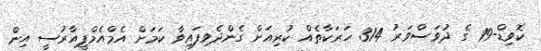
ކޮވިޑް-19 ގެ ދުވަސްވަރު 314 ހަރަކާތެއް ކުރިއަށް ގެންދެވިފައިވާ ކަމަށް އެމްއެމްޕީއާރުސީ އިން